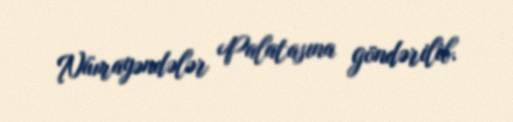
Nümayəndələr Palatasına göndərilib.